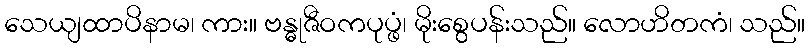
သေယျထာပိနာမ၊ ကား။ ဗန္ဓုဇီဝကပုပ္ဖံ၊ မိုးစွေပန်းသည်။ လောဟိတကံ၊ သည်။